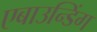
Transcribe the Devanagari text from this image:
एबाउन्डिंग